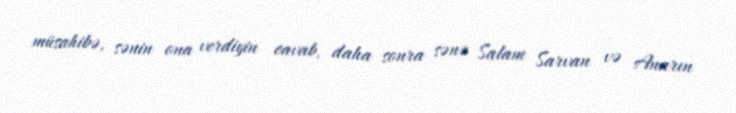
müsahibə, sənin ona verdiyin cavab, daha sonra sənə Salam Sarvan və Anarın